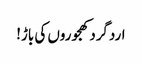
اردگرد کھجوروں کی باڑ!